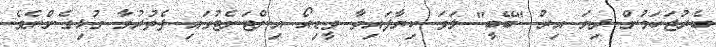
ބެރުޖަހަމުން ދިޔަ އިރު "ބޭބީ" ލަވަ ކިޔާފައިވާ ވީޑިއޯ އިންޓަނެޓުގައި ފެތުރުމާ ގުޅިގެންނެވެ.